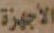
الأجهزة